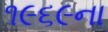
૧૯૬૯ના